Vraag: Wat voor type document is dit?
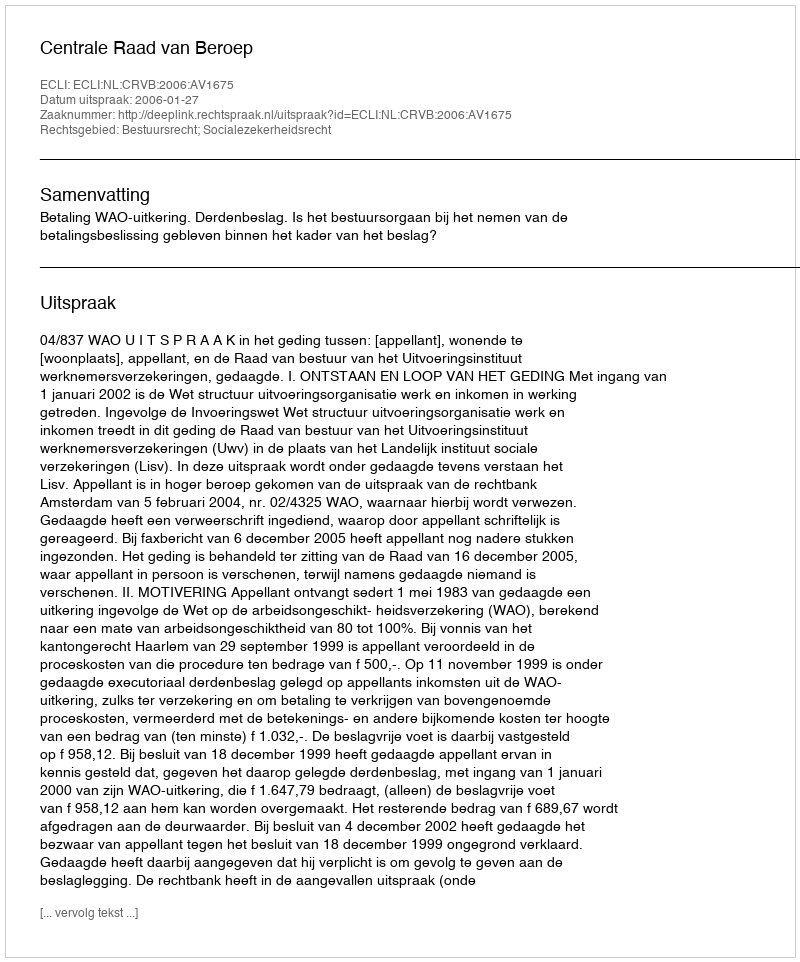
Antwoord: Uitspraak